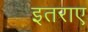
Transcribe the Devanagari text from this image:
इतराए